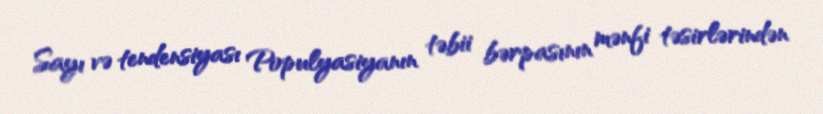
Sayı və tendensiyası Populyasiyanın təbii bərpasının mənfi təsirlərindən